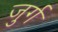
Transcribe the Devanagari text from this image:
जुर्ग